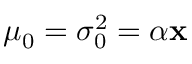
\mu _ { 0 } = \sigma _ { 0 } ^ { 2 } = \alpha \mathbf { x }